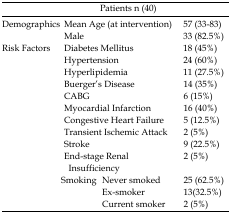
<table><thead><tr><td></td><td colspan="3"><b><i>Patients n (40)</i></b></td></tr><tr><td><b><i>Demographics </i></b></td><td colspan="2"><b>Mean Age (at intervention) </b></td><td><b>57 (33-83) </b></td></tr></thead><tbody><tr><td></td><td colspan="2">Male </td><td>33 (82.5%) </td></tr><tr><td><i>Risk Factors </i></td><td colspan="2">Diabetes Mellitus </td><td>18 (45%) </td></tr><tr><td></td><td colspan="2">Hypertension </td><td>24 (60%) </td></tr><tr><td></td><td colspan="2">Hyperlipidemia </td><td>11 (27.5%) </td></tr><tr><td></td><td colspan="2">Buerger’s Disease </td><td>14 (35%) </td></tr><tr><td></td><td colspan="2">CABG </td><td>6 (15%) </td></tr><tr><td></td><td colspan="2">Myocardial Infarction </td><td>16 (40%) </td></tr><tr><td></td><td colspan="2">Congestive Heart Failure </td><td>5 (12.5%) </td></tr><tr><td></td><td colspan="2">Transient Ischemic Attack </td><td>2 (5%) </td></tr><tr><td></td><td colspan="2">Stroke </td><td>9 (22.5%) </td></tr><tr><td></td><td colspan="2">End-stage Renal Insufficiency </td><td>2 (5%) </td></tr><tr><td></td><td>Smoking </td><td>Never smoked </td><td>25 (62.5%) </td></tr><tr><td></td><td></td><td>Ex-smoker </td><td>13(32.5%) </td></tr><tr><td></td><td></td><td>Current smoker </td><td>2 (5%) </td></tr></tbody></table>